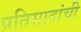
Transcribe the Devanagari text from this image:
प्रतिसादांची